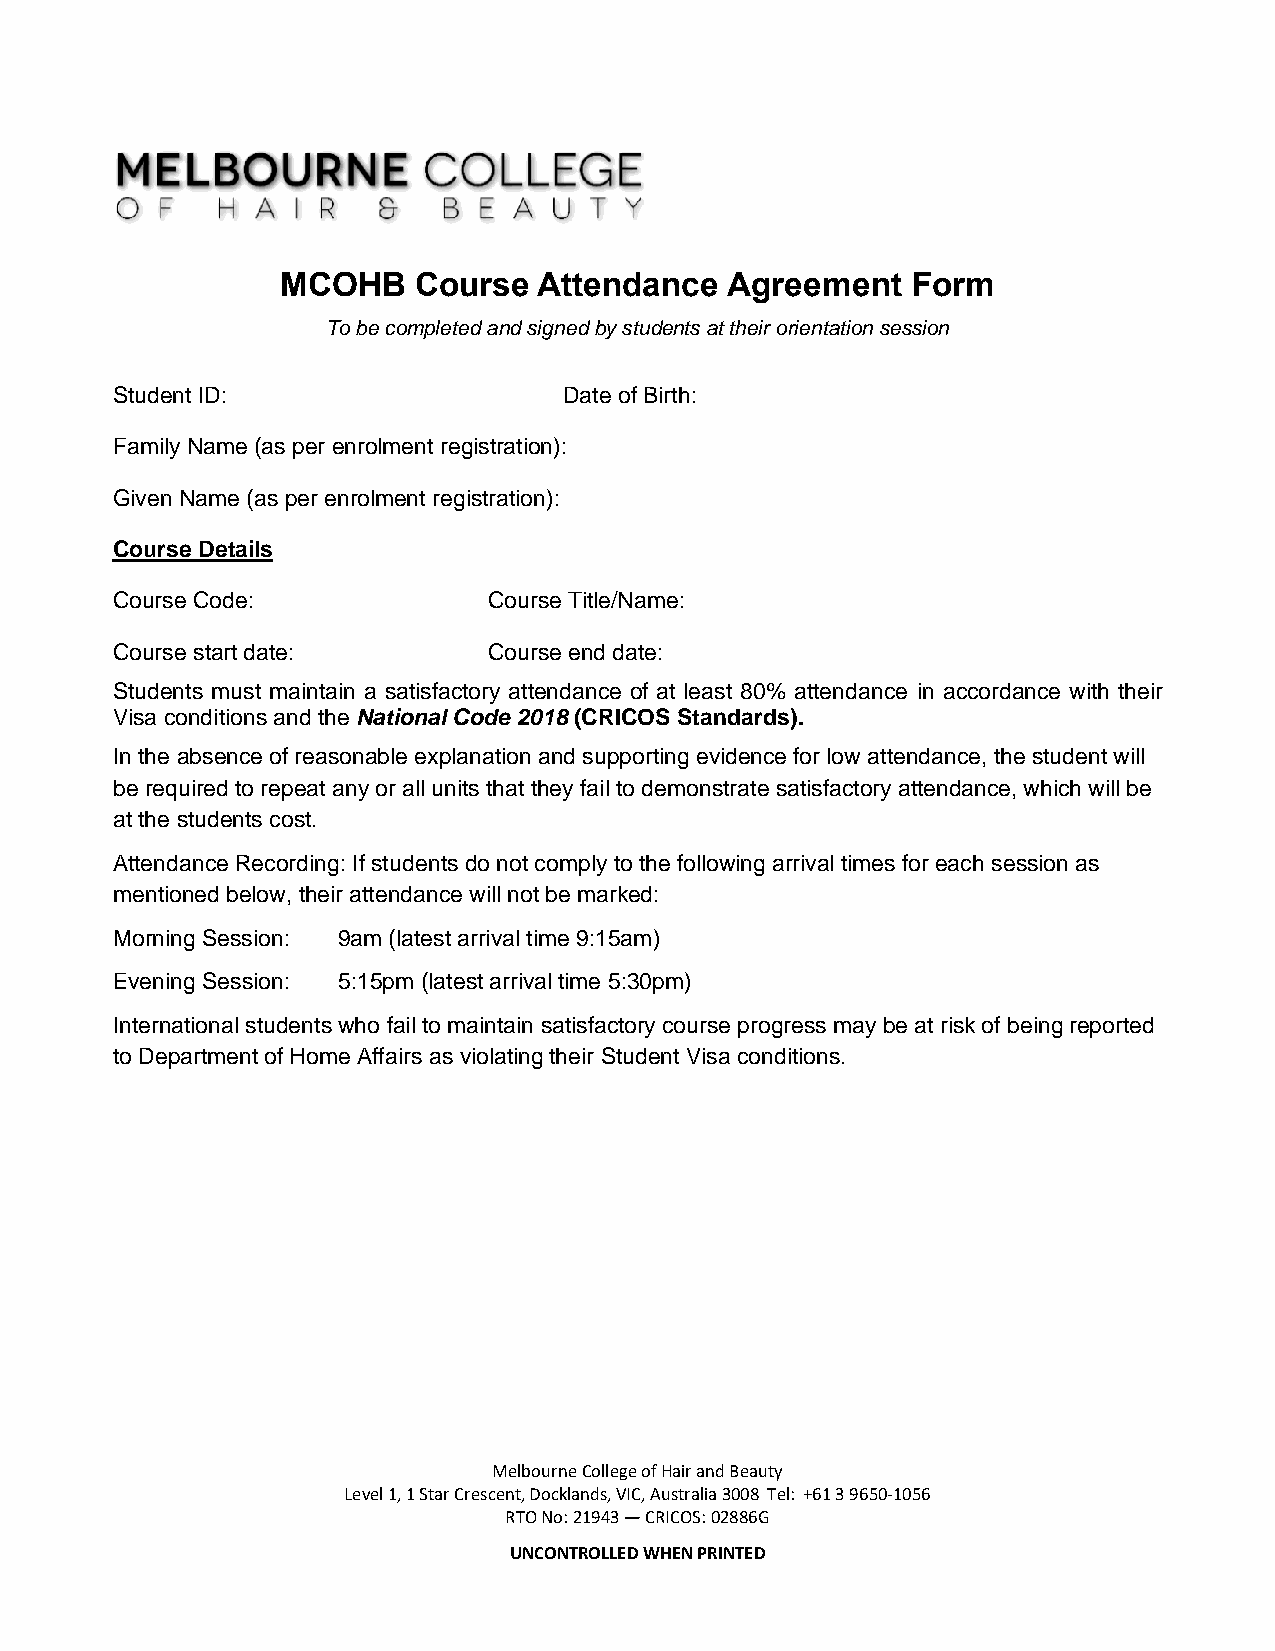
MCOHB   Course   Attendance  Agreement   Form
 To be completed and signed by students at their orientation session
 Student ID:                   Date of Birth:
 Family Name (as per enrolment registration):
 Given Name (as per enrolment registration):
 Course Details
 Course Code:             Course Title/Name:
 Course start date:       Course end date:
 Students must maintain a satisfactory attendance of at least 80% attendance in accordance with their
 Visa conditions and the National Code 2018 (CRICOS Standards).
 In the absence of reasonable explanation and supporting evidence for low attendance, the student will
 be required to repeat any or all units that they fail to demonstrate satisfactory attendance, which will be
 at the students cost.
 Attendance Recording: If students do not comply to the following arrival times for each session as
 mentioned below, their attendance will not be marked:
 Morning Session: 9am (latest arrival time 9:15am)
 Evening Session: 5:15pm (latest arrival time 5:30pm)
 International students who fail to maintain satisfactory course progress may be at risk of being reported
 to Department of Home Affairs as violating their Student Visa conditions.
 Melbourne College of Hair and Beauty
 Level 1, 1 Star Crescent, Docklands, VIC, Australia 3008 Tel: +61 3 9650-1056
 RTO No: 21943 — CRICOS: 02886G
 UNCONTROLLED WHEN PRINTED